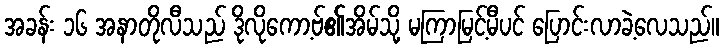
အခန်း ၁၆ အနာတိုလီသည် ဒိုလိုကော့ဗ်၏အိမ်သို့ မကြာမြင့်မီပင် ပြောင်းလာခဲ့လေသည်။